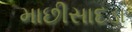
માછીસાદડા